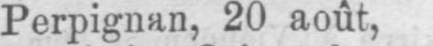
Perpignan, 20 août,